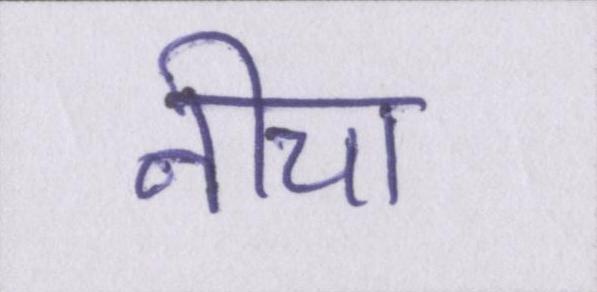
नीचा